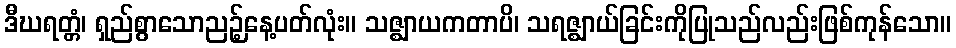
ဒီဃရတ္တံ၊ ရှည်စွာသောညဉ့်နေ့ပတ်လုံး။ သဇ္ဈာယကတာပိ၊ သရဇ္ဈာယ်ခြင်းကိုပြုသည်လည်းဖြစ်ကုန်သော။